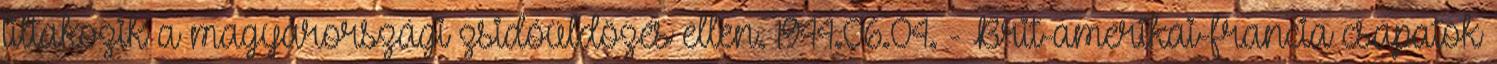
tiltakozik a magyarországi zsidóüldözés ellen. 1944.06.04. - Brit-amerikai-francia csapatok